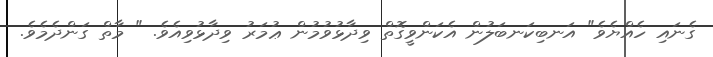
ގެނައި ހެއްޔެވެ" އަނބިކަނބަލުން އެކަންވީގޮތް ވިދާޅުވުމުން ޢުމަރު ވިދާޅުވިއެވެ. " މާތް ގަންދެމެވެ.